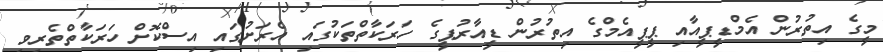
މީގެ އިތުރުން އެމްޑީޕީއާއި ޕީޕީއެމްގެ އިތުރުން ޑީއާރުޕީގެ ހަރަކާތްތަކުގައި އެރަށުގައި އިސްކޮށް ހަރަކާތްތެރިވި